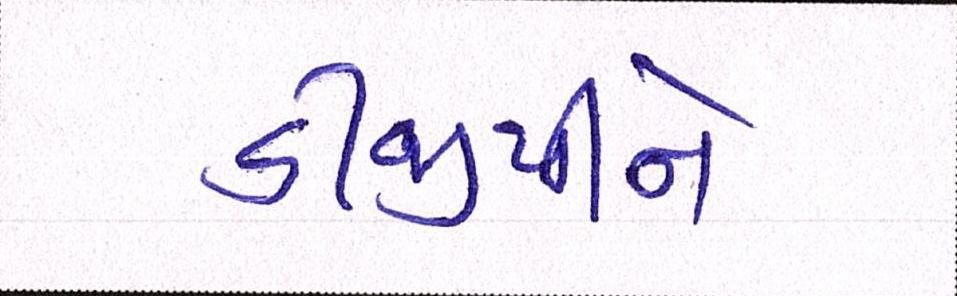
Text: ડીજીપીને